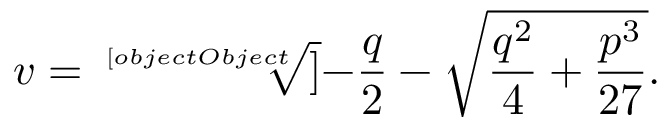
v = { \sqrt [ [object Object] ] { - { \frac { q } { 2 } } - { \sqrt { { \frac { q ^ { 2 } } { 4 } } + { \frac { p ^ { 3 } } { 2 7 } } } } } } .